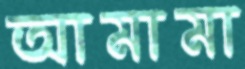
আমামা